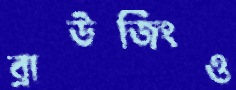
ব্রাউজিংও